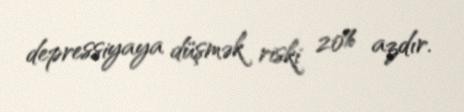
depressiyaya düşmək riski 20% azdır.